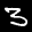
Label: 3